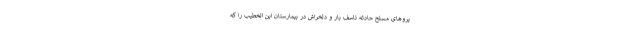
یرو‌های مسلح حادثه تاسف بار و دلخراش در بیمارستان ابن الخطیب را که